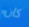
كان